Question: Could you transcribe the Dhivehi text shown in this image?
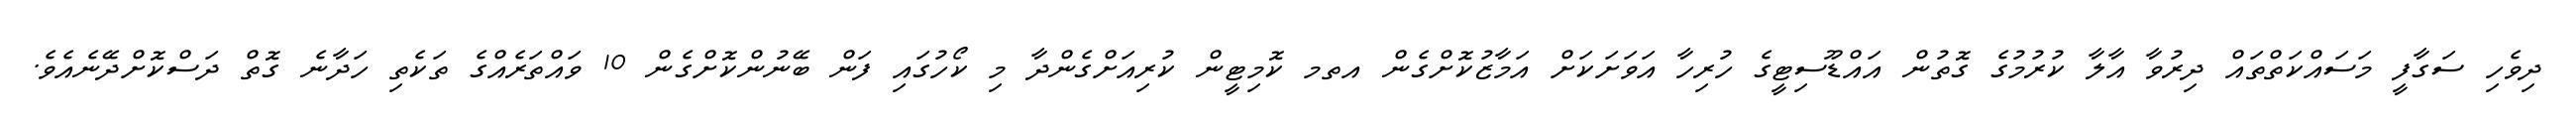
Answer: ދިވެހި ސަގާފީ މަސައްކަތްތައް ދިރުވާ އާލާ ކުރުމުގެ ގޮތުން އައްޑޫސިޓީގެ ހުރިހާ އަވަށަކަށް އަމާޒުކޮށްގެން އތމ ކޮމިޓީން ކުރިއަށްގެންދާ މި ކޯހުގައި ފަން ބޭނުންކޮށްގެން 10 ވައްތަރެއްގެ ތަކެތި ހަދާނެ ގޮތް ދަސްކޮށްދޭނެއެވެ.